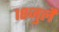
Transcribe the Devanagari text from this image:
१८जुलै